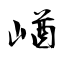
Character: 崷